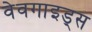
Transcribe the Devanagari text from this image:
वेवगाइड्स